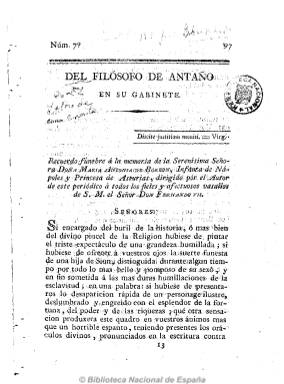
Título: Del Filósofo de Antaño en su gabinete
Otros títulos: Filósofo de Antaño en su gabinete
Colección: Periódicos anteriores a 1850
Ámbito geográfico: Madrid
Lugar de publicación: Madrid
Fechas: 01/01/1814-31/12/1814

Estampado en Madrid por Francisco Martínez Dávila, impresor de Cámara de S.M. y “con licencia del excelentísimo señor capitán general”, puede tratarse de una reedición o una segunda época del periódico El Filósofo de Antaño, impreso en Cádiz entre 1813 y 1814 bajo un título que hace referencia al seudónimo de Francisco Alvarado, siendo su carácter antirreformista, servil y monárquico borbónico, y que ha sido calificado como “grosero y desaprensivo”, escrito con un “burdo sentido del humor”. La colección de este título de la Biblioteca Nacional de España consta sólo del número 7, de 20 páginas, dedicado a la memoria de María Antonia de Borbón, acompañado de un suplemento a dicho número, de cuatro páginas, en el que da cuenta de los procesos de “purificación”, por lo que debe corresponder a una fecha inmediatamente posterior al regreso de Fernando VII.